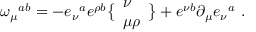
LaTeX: \omega _ { \mu } { } ^ { a b } = - e _ { \nu } { } ^ { a } e ^ { \rho b } \bigl \{ \begin{array} { l } { { \nu } } \\ { { \mu \rho } } \end{array} \bigr \} + e ^ { \nu b } \partial _ { \mu } e _ { \nu } { } ^ { a } \ .